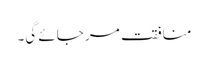
منافقت مر جائے گی۔